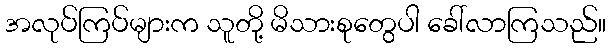
အလုပ်ကြပ်များက သူတို့ မိသားစုတွေပါ ခေါ်လာကြသည်။